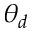
\theta _ { d }